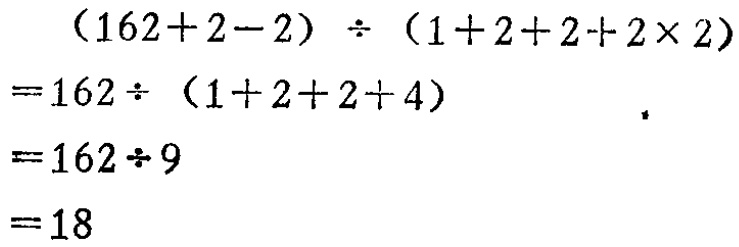
\[
\begin{align*}
&(162 + 2 - 2) \div (1 + 2 + 2 + 2\times2)\\
=&162\div(1 + 2 + 2 + 4)\\
=&162\div9\\
=&18
\end{align*}
\]